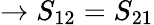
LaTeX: \rightarrow S_{12}=S_{21}